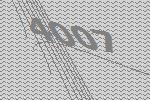
4007